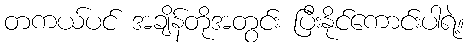
တကယ်ပင် အချိန်တိုအတွင်း ပြီးနိုင်ကောင်းပါရဲ့။